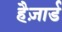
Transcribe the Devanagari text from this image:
हैज़ार्ड